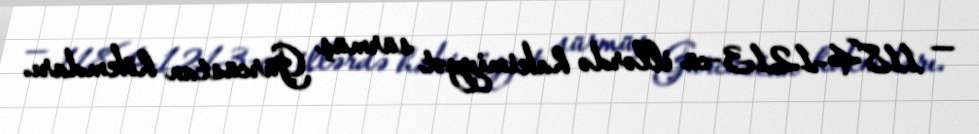
— 1184–1213-cü illərdə hakimiyyət sürmüş Gürcüstan hökmdarı.